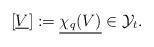
LaTeX: \begin{align*}[\underline{V}]:=\underline{\chi_q(V)}\in \mathcal{Y}_t. \end{align*}